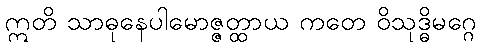
ဣတိ သာဓုနေပါမောဇ္ဇတ္ထာယ ကတေ ဝိသုဒ္ဓိမဂ္ဂေ